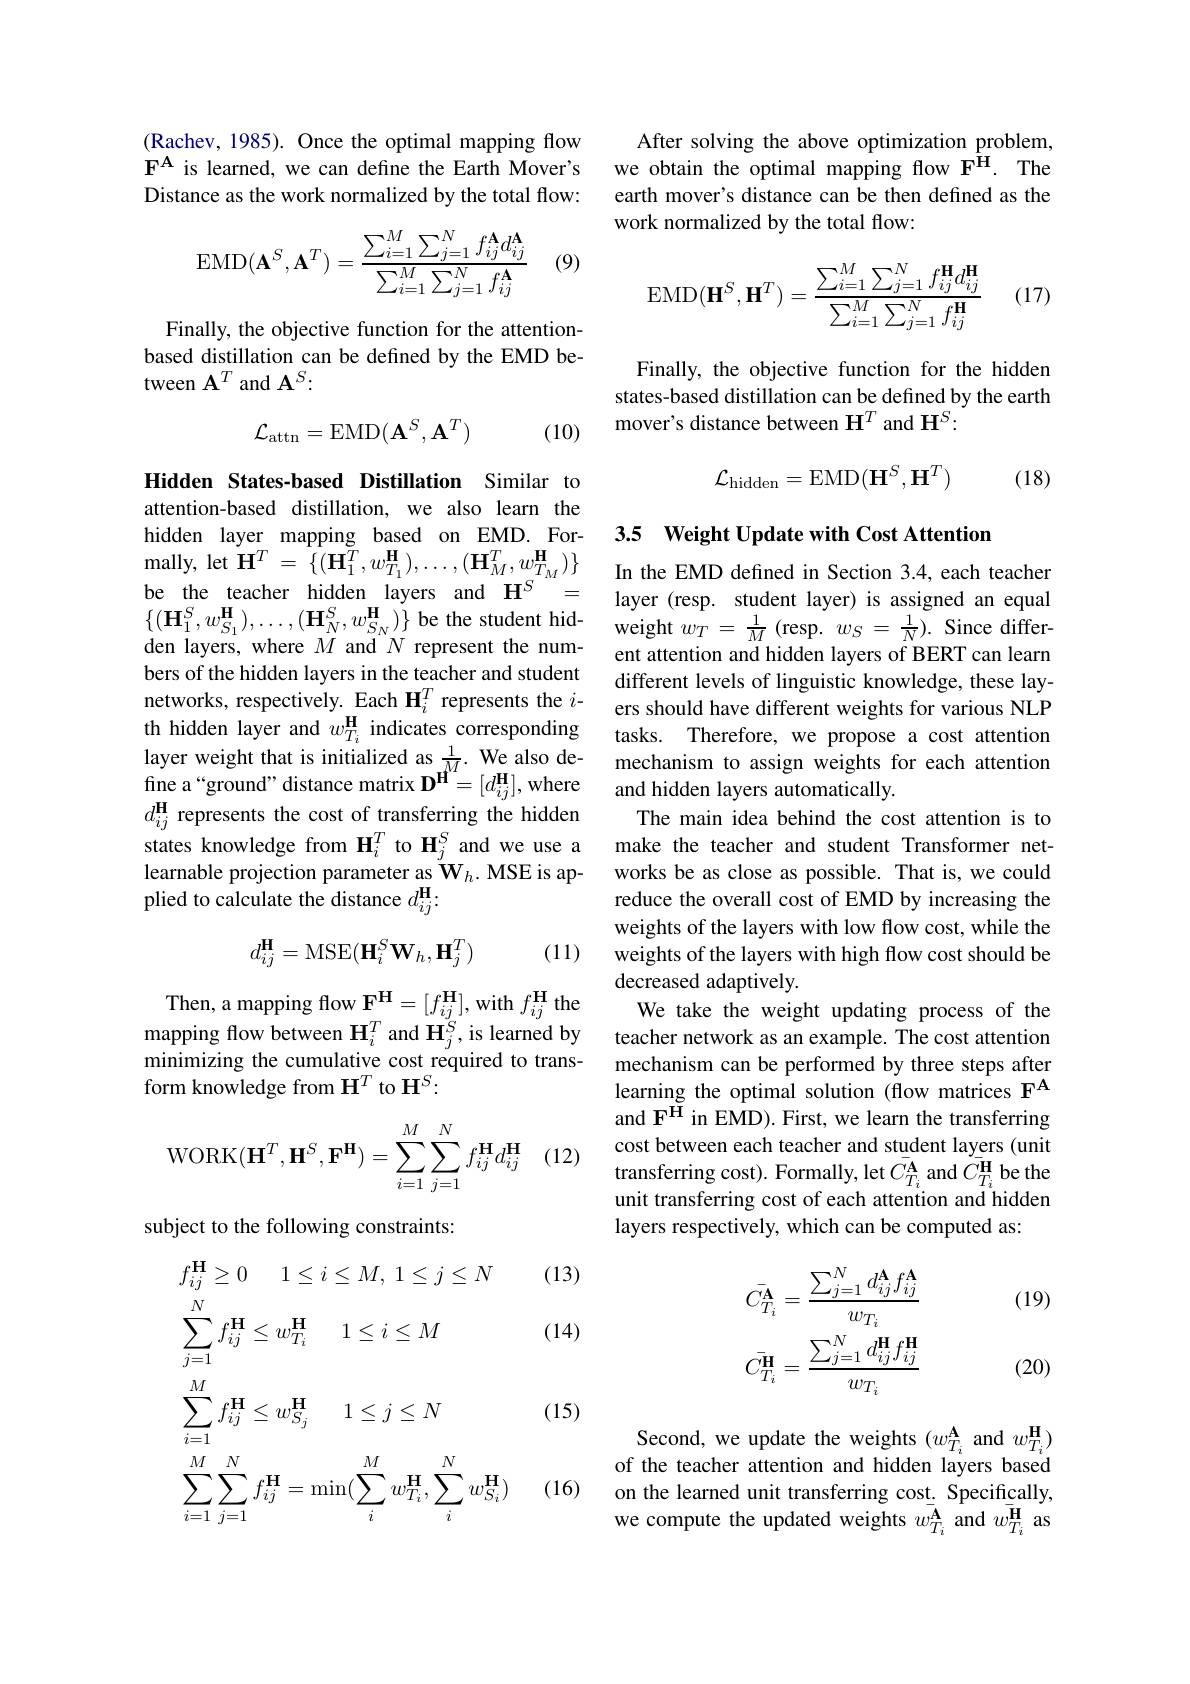
(Rachev, 1985). Once the optimal mapping flow $\mathbf{F^{A}}$ is learned, we can define the Earth Mover's Distance as the work normalized by the total flow:
$$\mathrm{EMD}(\mathbf{A}^S,\mathbf{A}^T)=\frac{\sum_{i=1}^M\sum_{j=1}^Nf_{ij}^\mathbf{A}d_{ij}^\mathbf{A}}{\sum_{i=1}^M\sum_{j=1}^Nf_{ij}^\mathbf{A}}$$
(9)

Finally, the objective function for the attentionbased distillation can be defined by the EMD between $\mathbf{A}^T$ and $\mathbf{A}^S:$
$$\mathcal{L}_{\mathrm{attn}}=\mathrm{EMD}(\mathbf{A}^{S},\mathbf{A}^{T})$$
(10)

Hidden States-based Distillation Similar to attention-based distillation, we also learn the hidden layer mapping based on EMD.For- ${\mathrm{mally, ~let~}}\tilde{\mathbf{H} } ^{T}$ = $\{ ( \mathbf{H} _{1}^{T}, w_{T_{1}}^{\mathbf{H} }) , \ldots , ( \mathbf{H} _{M}^{T}, w_{T_{M}}^{\mathbf{H} }) \}$ be the teacher hidden layers and $\mathbf{H}^{S}=$ $\{ ( \mathbf{H} _{1}^{S}, w_{S_{1}}^{\mathbf{H} }) , \ldots , ( \mathbf{H} _{N}^{S}, w_{S_{N}}^{\mathbf{H} }) \}$ be the student hid- weight $w_{T}= \frac 1M($resp. stuch aycl) is assigilcu an cqiffer- den lavers where $M$ and $N$ reenresent the num- weight $w_{T}= \frac 1M($resp. $w_{S}= \frac 1N)$
den layers, where $M$ and $N$ represent the numbers of the hidden layers in the teacher and student networks, respectively. Each H$_i^T$ represents the $i$- th hidden layer and $w_{T_i}^\mathrm{H}$ indicates corresponding layer weight that is initialized as $\frac1M.$ We also de- ${\mathrm{fine~a~“ground"~distance~matrix~D^{H}=[d_{ij}^{H}],~where}}$ $d_{ij}^\mathbf{H}$ represents the cost of transferring the hidden states knowledge from H$_i^T$ to H$_j^S$ and we use a learnable projection parameter as $\mathbf{W}_h.$ MSE is applied to calculate the distance $d_ij^\mathbf{H}:$

(11)
$$d_{ij}^\mathbf{H}=\mathrm{MSE}(\mathbf{H}_i^S\mathbf{W}_h,\mathbf{H}_j^T)$$
Then, a mapping flow $\mathbf{F^{H}}=[f_{ij}^{H}]$, with $f_ij^{H}$ the mapping flow between $\mathbf{H}_i^T$ and $\mathbf{H}_j^S$,is learned by minimizing the cumulative cost required to transform knowledge from $\mathbf{H}^T$ to H$^S:$
$$\text{WORK}(\mathbf{H}^T,\mathbf{H}^S,\mathbf{F}^\mathbf{H})=\sum_{i=1}^M\sum_{j=1}^Nf_{ij}^\mathbf{H}d_{ij}^\mathbf{H}$$
(12)

subject to the following constraints:

(13)
$$\begin{aligned}&f_{ij}^{\mathbf{H}}\geq0\quad1\leq i\leq M,\:1\leq j\leq N\\&\sum_{j=1}^{N}f_{ij}^{\mathbf{H}}\leq w_{T_{i}}^{\mathbf{H}}\quad1\leq i\leq M\\&\sum_{i=1}^{M}f_{ij}^{\mathbf{H}}\leq w_{S_{j}}^{\mathbf{H}}\quad1\leq j\leq N\\&\sum_{i=1}^{M}\sum_{j=1}^{N}f_{ij}^{\mathbf{H}}=\min(\sum_{i}^{M}w_{T_{i}}^{\mathbf{H}},\sum_{i}^{N}w_{S_{i}}^{\mathbf{H}})\end{aligned}$$
(14)

(15)

(16)

After solving the above optimization problem, we obtain the optimal mapping flow $\mathbf{F^\mathrm{\hat{H} } } .$ The earth mover's distance can be then defined as the work normalized by the total flow:
$$\mathrm{EMD}(\mathbf{H}^S,\mathbf{H}^T)=\frac{\sum_{i=1}^M\sum_{j=1}^Nf_{ij}^\mathbf{H}d_{ij}^\mathbf{H}}{\sum_{i=1}^M\sum_{j=1}^Nf_{ij}^\mathbf{H}}$$
(17)

Finally, the objective function for the hidden states-based distillation can be defined by the earth mover's distance between $\mathbf{H}^T$ and $\mathbf{H}^S:$
$$\mathcal{L}_{\mathrm{hidden}}=\mathrm{EMD}(\mathbf{H}^{S},\mathbf{H}^{T})$$
(18)

### 3.5 Weight Update with Cost Attention

In the EMD defined in Section 3.4,each teacher layer (resp. student layer) is assigned an equal ent attention and hidden layers of BERT can learn different levels of linguistic knowledge, these layers should have different weights for various NLP tasks. Therefore, we propose a cost attention mechanism to assign weights for each attention and hidden layers automatically
The main idea behind the cost attention is to make the teacher and student Transformer networks be as close as possible. That is, we could reduce the overall cost of EMD by increasing the weights of the layers with low flow cost, while the weights of the layers with high flow cost should be decreased adaptively.
We take the weight updating process of the teacher network as an example. The cost attention mechanism can be performed by three steps after learning the optimal solution (flow matrices FA and $\mathbf{F^{\check{H}}}$ in EMD). First, we learn the transferring cost between each teacher and student layers (unit transferring cost). Formally, let $\bar{C_{T_{i}}^{\mathbf{A}}}$ and $\bar{C_{T_{i}}^{\mathbf{H}}}$ be the unit transferring cost of each attention and hidden layers respectively, which can be computed as:

(19)
$$\bar{C_{T_{i}}^{\mathbf{A}}}=\frac{\sum_{j=1}^{N}d_{ij}^{\mathbf{A}}f_{ij}^{\mathbf{A}}}{w_{T_{i}}}\\\bar{C_{T_{i}}^{\mathbf{H}}}=\frac{\sum_{j=1}^{N}d_{ij}^{\mathbf{H}}f_{ij}^{\mathbf{H}}}{w_{T_{i}}}$$
(20)

Second, we update the weights $(w_{T_{i}}^{\mathbf{A}}$ and $w_{T_{i}}^{\mathbf{H}})$ of the teacher attention and hidden layers based on the learned unit transferring cost. Specifically, we compute the updated weights $w_{T_i}^{\mathbf{A}}$ and $w_{T_i}^{\mathbf{H}}$ as